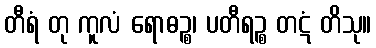
တီရံ တု ကူလံ ရောဓဉ္စ၊ ပတီရဉ္စ တဋံ တိသု။